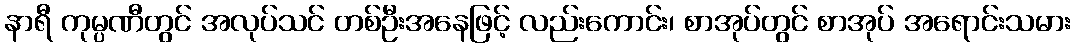
နာရီ ကုမ္ပဏီတွင် အလုပ်သင် တစ်ဦးအနေဖြင့် လည်းကောင်း၊ စာအုပ်တွင် စာအုပ် အရောင်းသမား